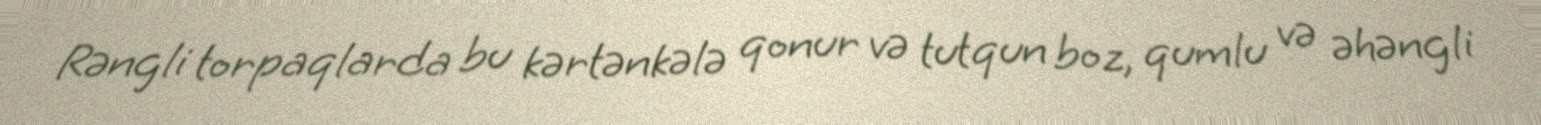
Rəngli torpaqlarda bu kərtənkələ qonur və tutqun boz, qumlu və əhəngli